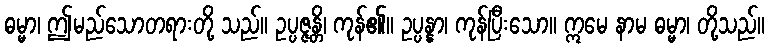
ဓမ္မာ၊ ဤမည်သောတရားတို့ သည်။ ဥပ္ပဇ္ဇန္တိ၊ ကုန်၏။ ဥပ္ပန္နာ၊ ကုန်ပြီးသော။ ဣမေ နာမ ဓမ္မာ၊ တို့သည်။